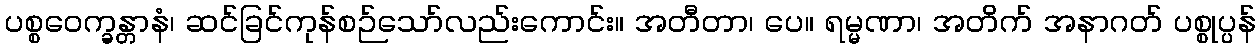
ပစ္စဝေက္ခန္တာနံ၊ ဆင်ခြင်ကုန်စဉ်သော်လည်းကောင်း။ အတီတာ၊ ပေ။ ရမ္မဏာ၊ အတိက် အနာဂတ် ပစ္စုပ္ပန်